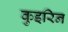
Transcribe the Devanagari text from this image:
कुइरिन